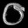
Digit: ၀